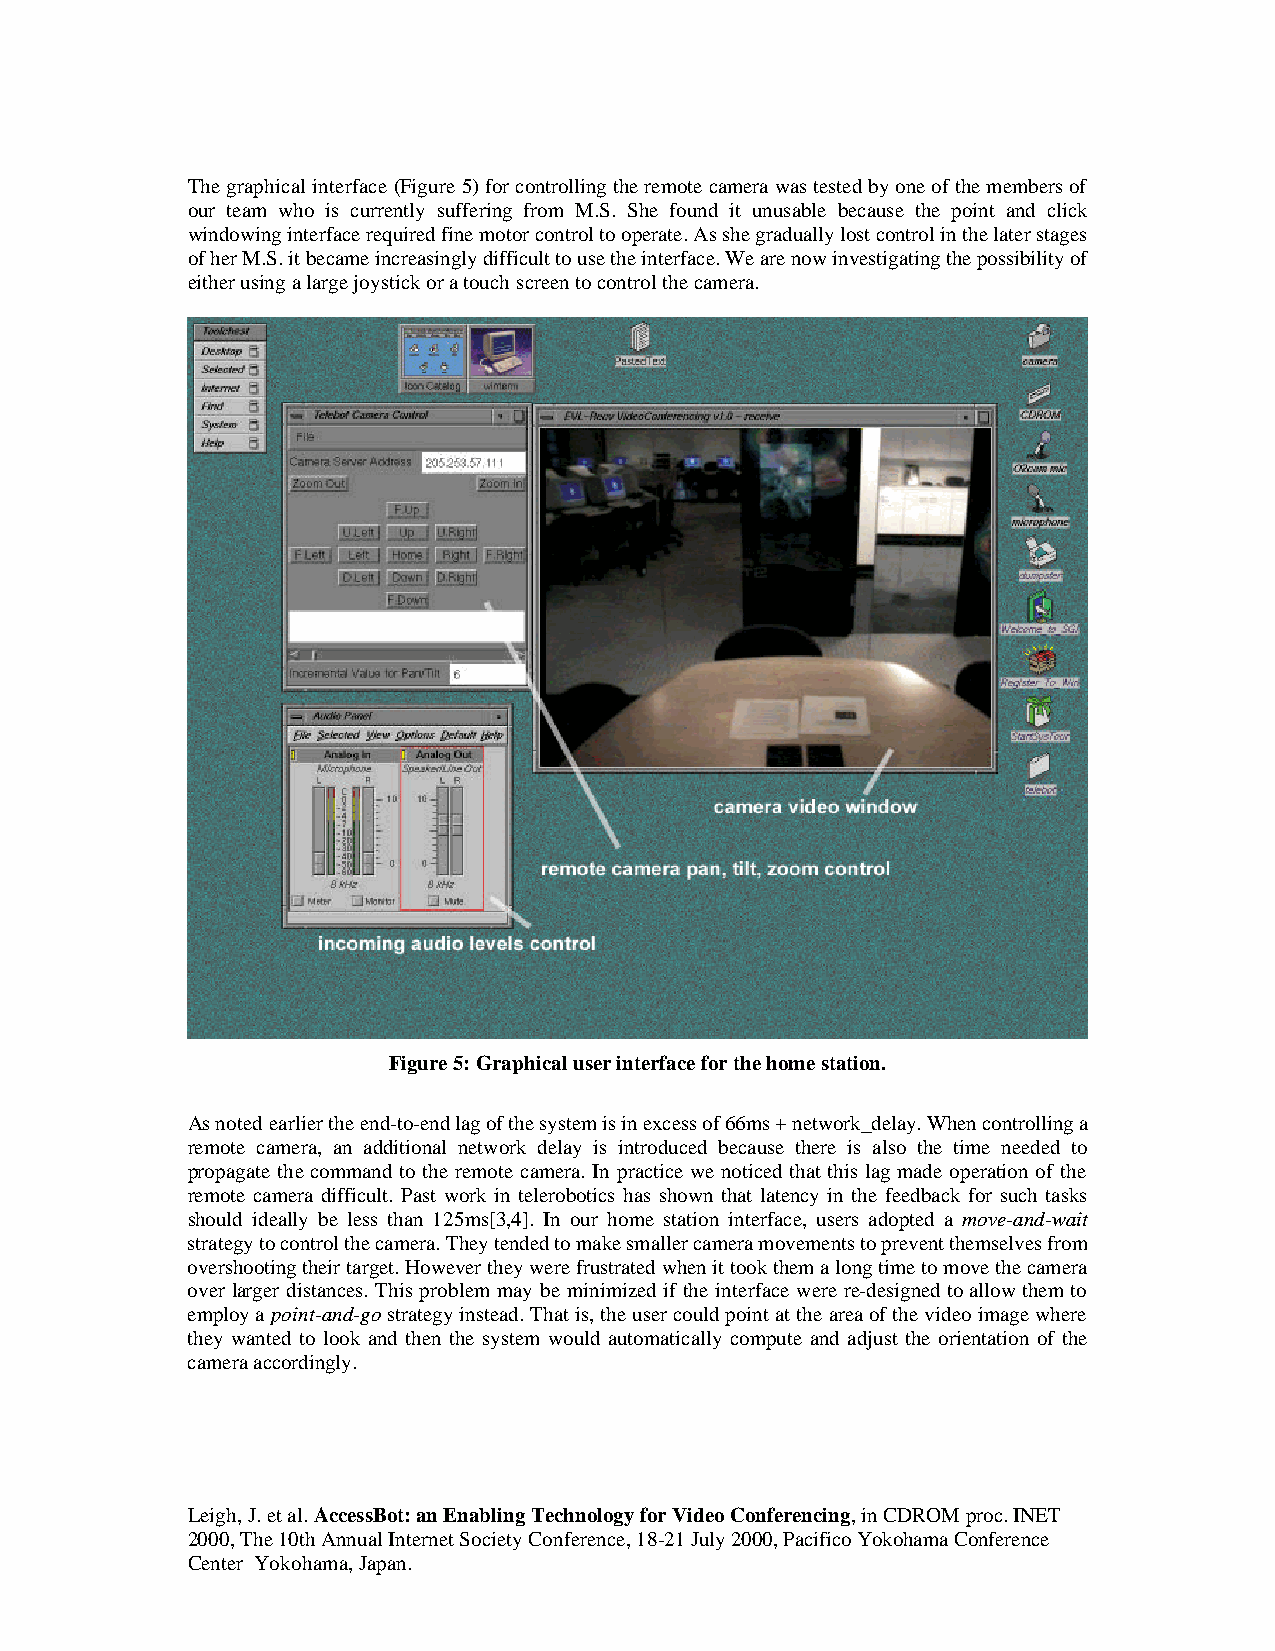
The graphical interface (Figure 5) for controlling the remote camera was tested by one of the members of
 our team who is currently suffering from M.S. She found it unusable because the point and click
 windowing interface required fine motor control to operate. As she gradually lost control in the later stages
 of her M.S. it became increasingly difficult to use the interface. We are now investigating the possibility of
 either using a large joystick or a touch screen to control the camera.
 Figure 5: Graphical user interface for the home station.
 As noted earlier the end-to-end lag of the system is in excess of 66ms + network_delay. When controlling a
 remote camera, an additional network delay is introduced because there is also the time needed to
 propagate the command to the remote camera. In practice we noticed that this lag made operation of the
 remote camera difficult. Past work in telerobotics has shown that latency in the feedback for such tasks
 should ideally be less than 125ms[3,4]. In our home station interface, users adopted a move-and-wait
 strategy to control the camera. They tended to make smaller camera movements to prevent themselves from
 overshooting their target. However they were frustrated when it took them a long time to move the camera
 over larger distances. This problem may be minimized if the interface were re-designed to allow them to
 employ a point-and-go strategy instead. That is, the user could point at the area of the video image where
 they wanted to look and then the system would automatically compute and adjust the orientation of the
 camera accordingly.
 Leigh, J. et al. AccessBot: an Enabling Technology for Video Conferencing, in CDROM proc. INET
 2000, The 10th Annual Internet Society Conference, 18-21 July 2000, Pacifico Yokohama Conference
 Center Yokohama, Japan.